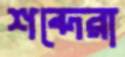
শব্দেরা